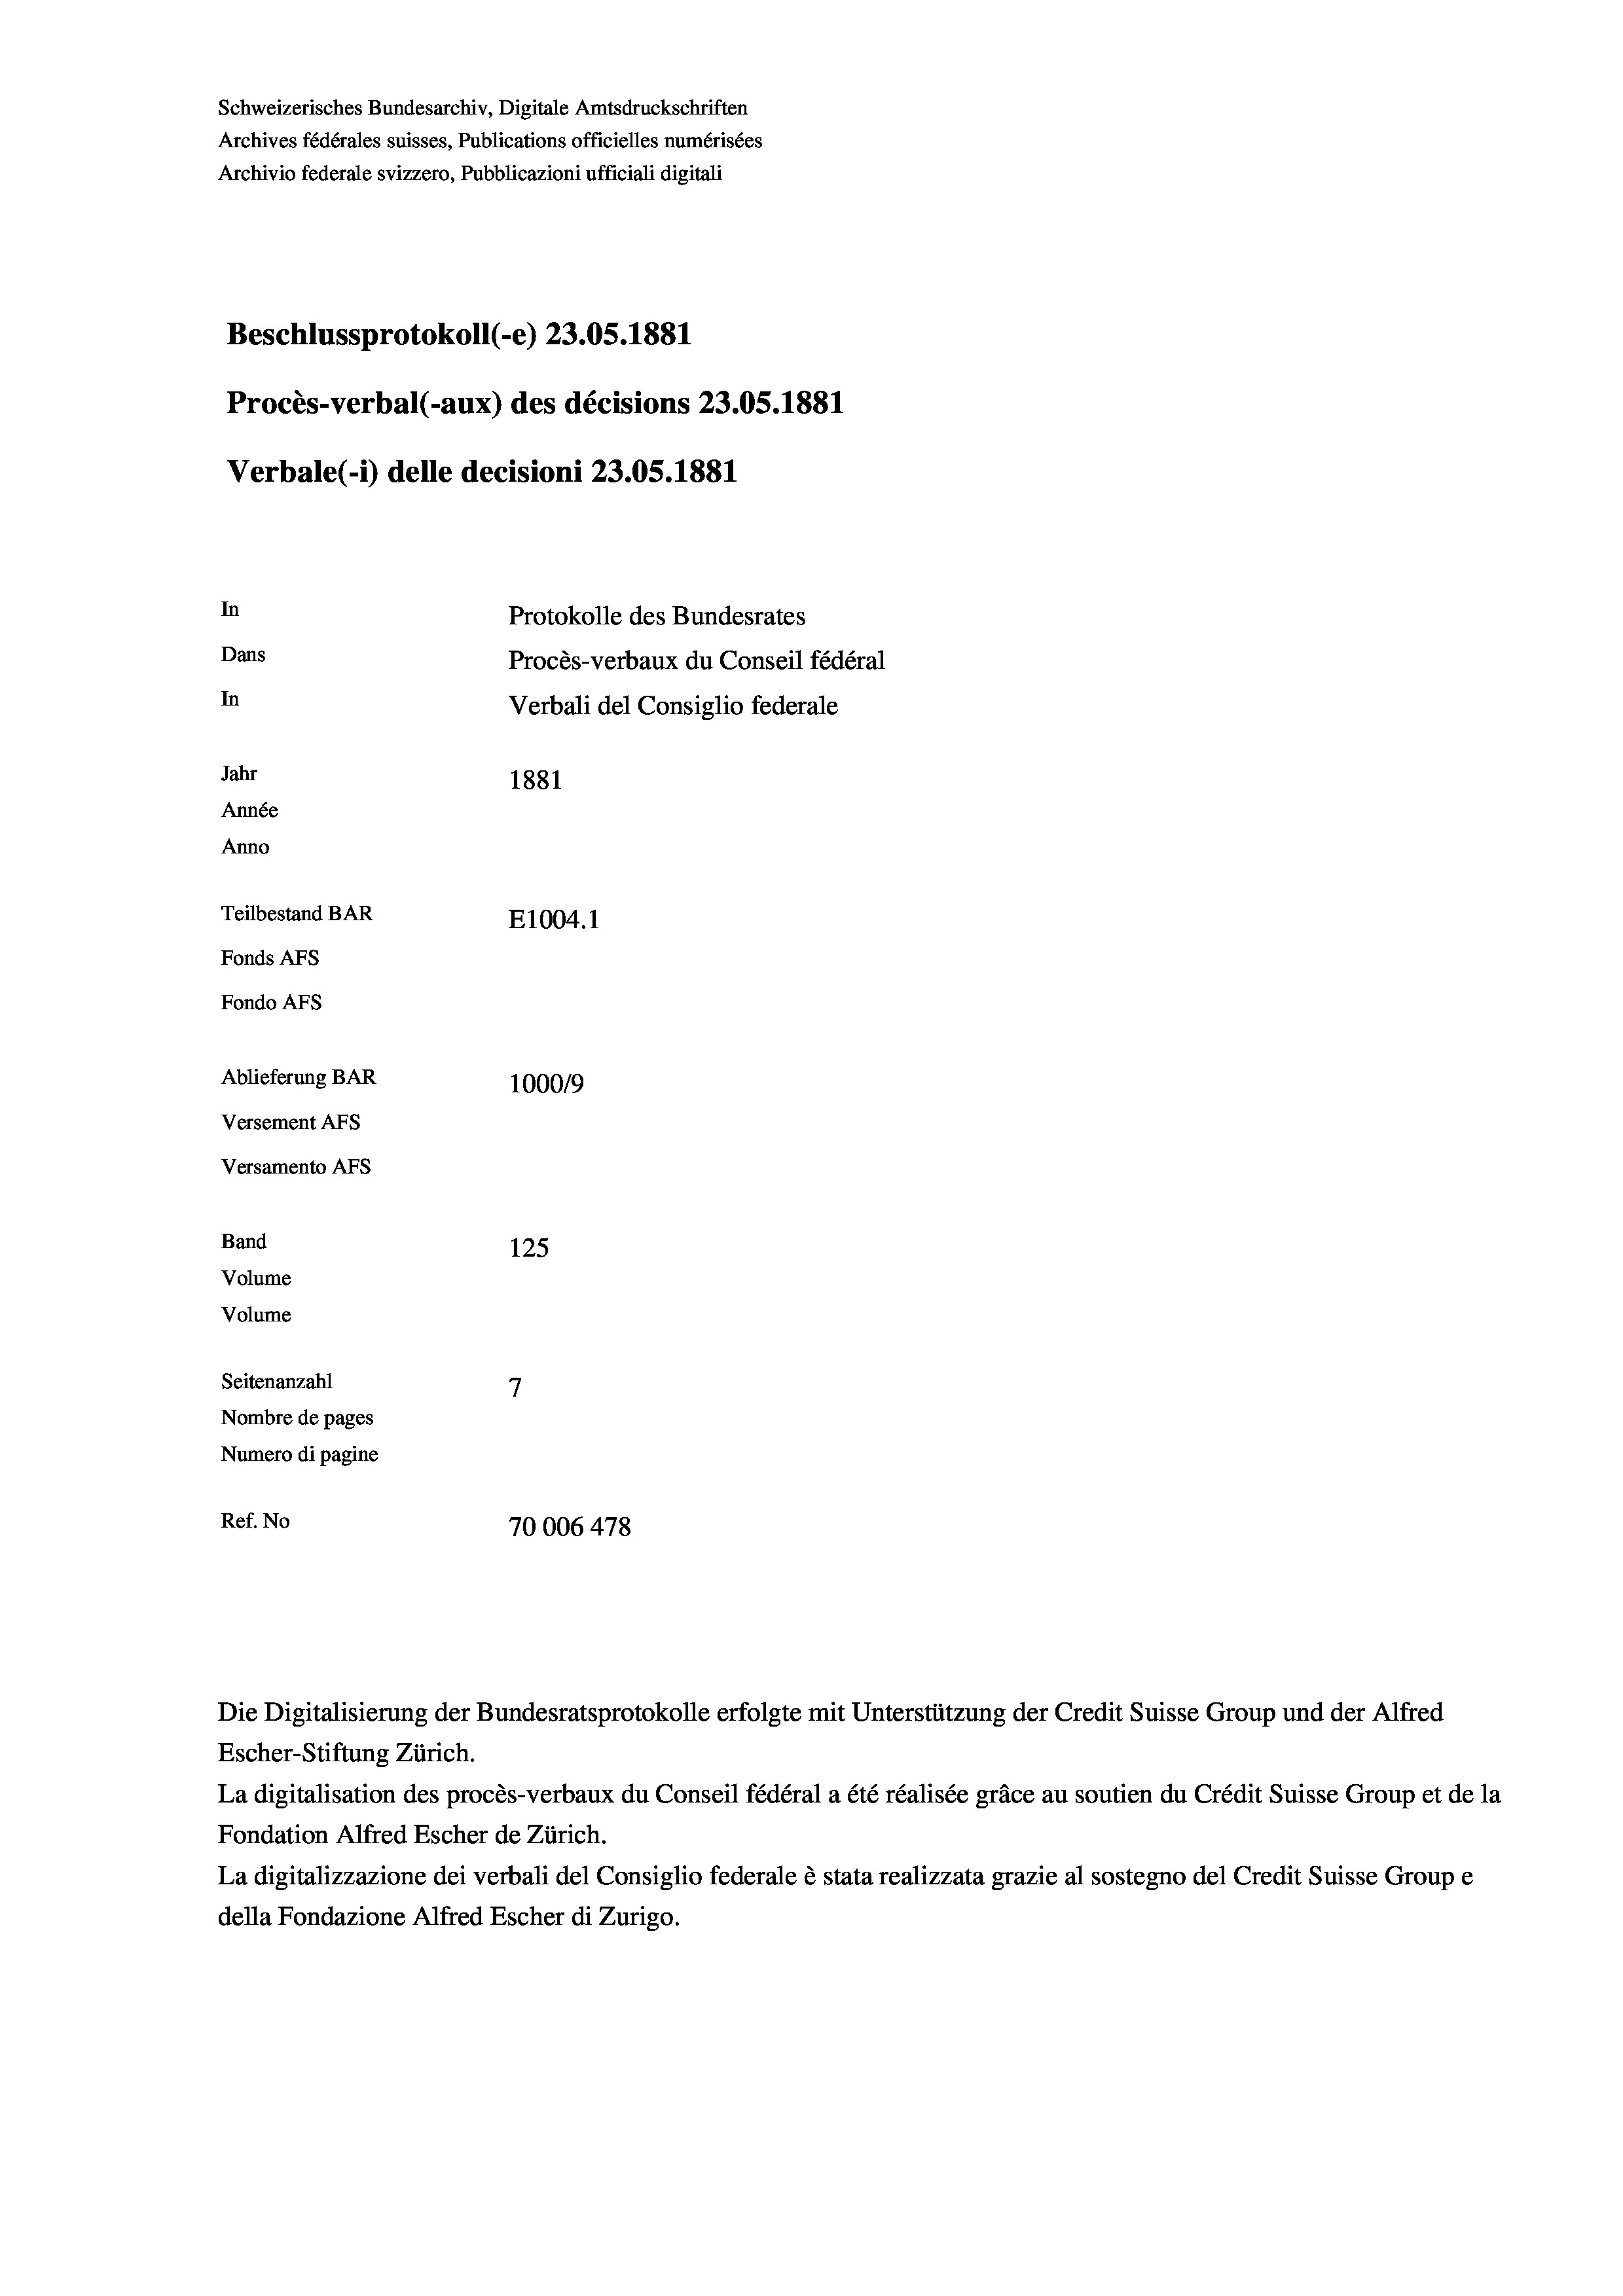
Schweizerisches Bundesarchiv, Digitale Amtsdruckschriften
Archives fédérales suisses, Publications officielles numérisées
Archivio federale svizzero, Pubblicazioni ufficiali digitali
Beschlussprotokoll (-e) 23.05. 1881
Procès-verbal (-aux) des décisions 23.05. 1881
Verbale (1) delle decisioni 23.05. 1881
In
Protokolle des Bundesrates
Dans
Procès-verbaux du Conseil fédéral
In
Verbali del Consiglio federale
Jahr
1881
Année
Anno
Teilbestand BAR
E1004.1
Fonds AFs
Fondo AFS
Ablieferung BAR
100019
Versement AFS
Versamento AFs
Band
125
Volume
Volume
7
Seitenanzahl
Nombre de pages
Numero di pagine
Ref. No
70006 478

Escher-Stiftung Zürich.
La digitalisation des procès-verbaux du Conseil fédéral a été réalisée gräce au soutien du Crédit Suisse Group et de la
Fondation Alfred Escher de Zürich.
La digitalizzazione dei verbali del Consiglio federale è stata realizzata grazie al sostegno del Credit Suisse Groupe
della Fondazione Alfred Escher di Zurigo.

Die Digitalisierung der Bundesratsprotokolle erfolgte mit Unterstützung der Credit Suisse Group und der Alfred